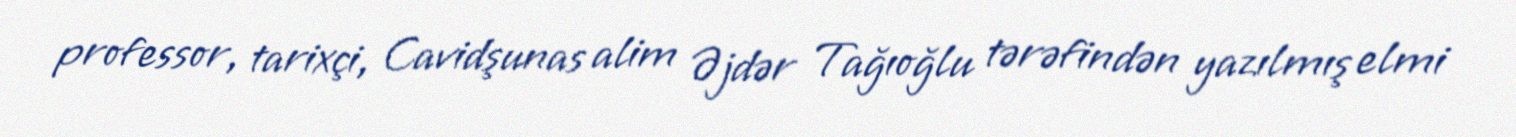
professor, tarixçi, Cavidşunas alim Əjdər Tağıoğlu tərəfindən yazılmış elmi